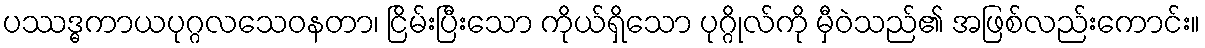
ပဿဒ္ဓကာယပုဂ္ဂလသေဝနတာ၊ ငြိမ်းပြီးသော ကိုယ်ရှိသော ပုဂ္ဂိုလ်ကို မှီဝဲသည်၏ အဖြစ်လည်းကောင်း။